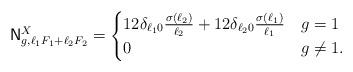
LaTeX: \begin{align*}\mathsf{N}^X_{g, \ell_1 F_1 + \ell_2 F_2}=\begin{cases}12 \delta_{\ell_1 0} \frac{\sigma(\ell_2)}{\ell_2} + 12 \delta_{\ell_2 0} \frac{\sigma(\ell_1)}{\ell_1} & g = 1 \\0 & g \neq 1.\end{cases}\end{align*}